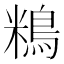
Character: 𪀿